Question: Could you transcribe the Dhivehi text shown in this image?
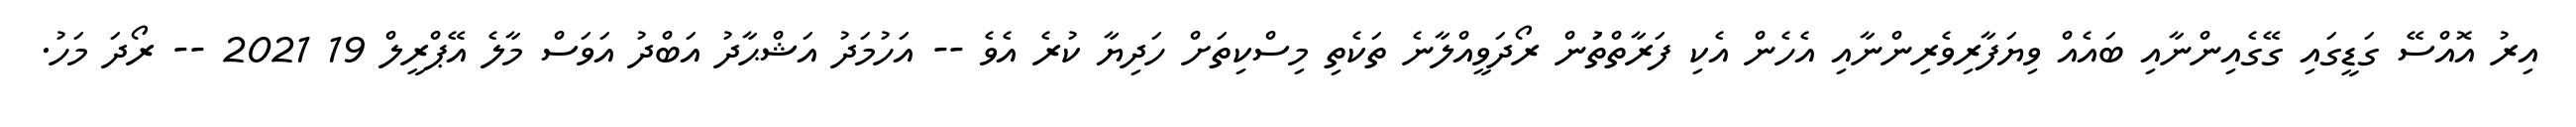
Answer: އިރު އޮއްސޭ ގަޑީގައި ގޭގެއިންނާއި ބައެއް ވިޔަފާރިވެރިންނާއި އެހެން އެކި ފަރާތްތަުން ރޯދަވީއްލާނެ ތަކެތި މިސްކިތަށް ހަދިޔާ ކުރެ އެވެ -- އަހުމަދު އަޝްޙާދު އަބްދު އަވަސް މާލެ އޭޕްރީލް 19 2021 -- ރޯދަ މަހު.